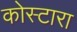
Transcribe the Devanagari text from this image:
कोस्‍टारा